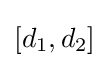
[d_{1},d_{2}]